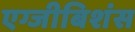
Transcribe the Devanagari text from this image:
एग्जीबिशंस